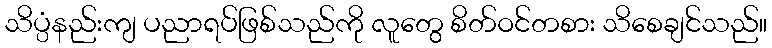
သိပ္ပံနည်းကျ ပညာရပ်ဖြစ်သည်ကို လူတွေ စိတ်ဝင်တစား သိစေချင်သည်။